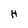
Character: H